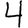
Digit: 4